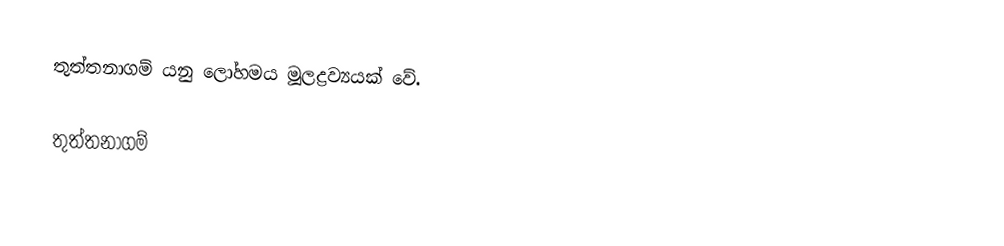
තුත්තනාගම් යනු ලෝහමය මූලද්‍රව්‍යයක් වේ.

තුත්තනාගම්